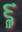
૬ૢ